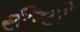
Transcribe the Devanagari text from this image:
रीमो